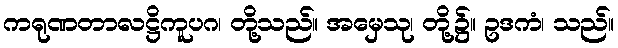
ကရုဏတာလဋ္ဌိကူပဂ၊ တို့သည်။ အမှေသု၊ တို့၌။ ဥဒကံ၊ သည်။